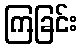
ကြခြင်း